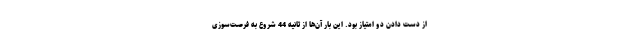
از دست دادن دو امتیاز بود. این بار آن‌ها از ثانیه 44 شروع به فرصت‌سوزی